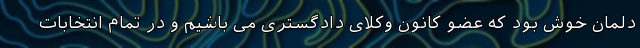
دلمان خوش بود که عضو کانون وکلای دادگستری می باشیم و در تمام انتخابات